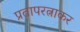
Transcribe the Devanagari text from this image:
प्रतापरत्नाकर